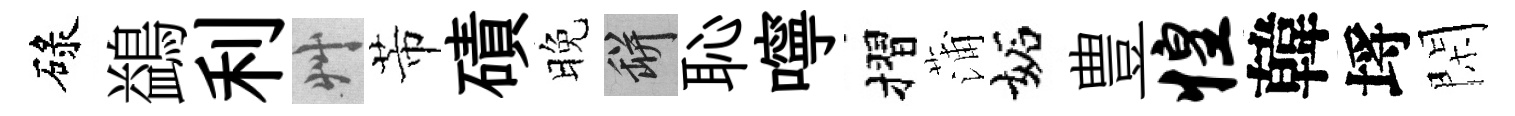
碌鷁利艸芾磧晚瓶恥嚀摺蒲妬豊惶韓埓閑